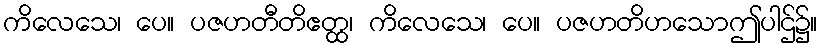
ကိလေသေ၊ ပေ။ ပဇဟတီတိဧတ္ထ၊ ကိလေသေ၊ ပေ။ ပဇဟတိဟသောဤပါဌ်၌။